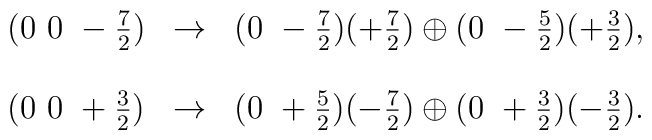
\begin{array}{ccl}(0~0~-\frac{7}{2}) & \rightarrow & (0~-\frac{7}{2})(+\frac{7}{2})                        \oplus(0~-\frac{5}{2})(+\frac{3}{2}), \\\\(0~0~+\frac{3}{2}) & \rightarrow & (0~+\frac{5}{2})(-\frac{7}{2})                         \oplus(0~+\frac{3}{2})(-\frac{3}{2}). \\\end{array}